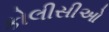
કોલીસીઓ